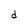
Character: d